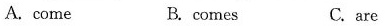
A. come B. comes C. are